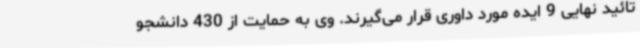
تائید نهایی 9 ایده مورد داوری قرار می‌گیرند. وی به حمایت از 430 دانشجو